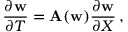
{ \frac { \partial { \bf w } } { \partial T } } = { \bf A } ( { \bf w } ) { \frac { \partial { \bf w } } { \partial X } } \, ,